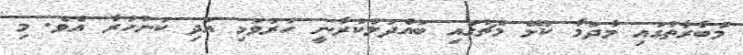
މުބާރާތުގައި މާދަމާ ކުޅޭ މެޗުގައި ބައްދަލުކުރާނީ ހުރަވަޅި އަދި ކަނުހުރާ އެވެ. މި